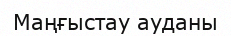
Маңғыстау ауданы